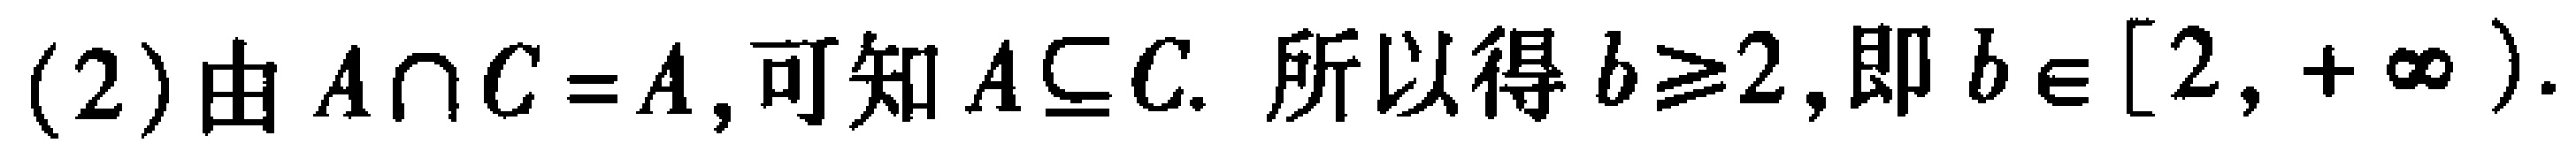
(2)由 \(A\cap C = A\),可知 \(A\subseteq C\). 所以得 \(b\geqslant2\),即 \(b\in[2,+\infty)\).